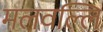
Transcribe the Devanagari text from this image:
मलवल्लि